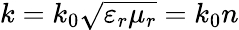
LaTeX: k=k_{0}{\sqrt{\varepsilon_{r}\mu_{r}}}=k_{0}n